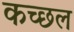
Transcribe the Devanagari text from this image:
कच्छल